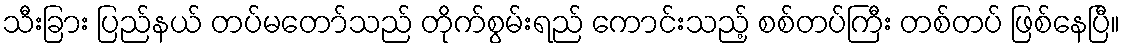
သီးခြား ပြည်နယ် တပ်မတော်သည် တိုက်စွမ်းရည် ကောင်းသည့် စစ်တပ်ကြီး တစ်တပ် ဖြစ်နေပြီ။